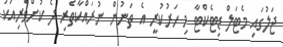
ޖަލުގައި މެޓަލް ޑިޓެކްޓާ މި ހަރުކުރީ އެ ތަނުން ނުރައްކާތެރި ދެ ކުށްވެރިއަކު